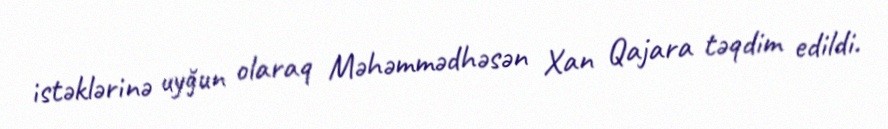
istəklərinə uyğun olaraq Məhəmmədhəsən Xan Qajara təqdim edildi.